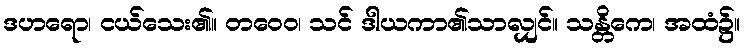
ဒဟရော၊ ငယ်သေး၏။ တဝေဝ၊ သင် ဒါယကာ၏သာလျှင်။ သန္တိကေ၊ အထံ၌။